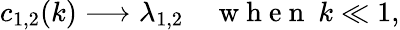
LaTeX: c_{1,2}(k)\longrightarrow\lambda_{1,2}\quad\mathrm{~w~h~e~n~}\ k\ll 1,